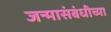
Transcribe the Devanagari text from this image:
जन्मासंबंधीच्या